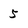
Character: 5